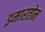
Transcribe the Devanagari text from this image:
इमारतोन